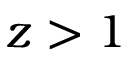
z > 1